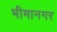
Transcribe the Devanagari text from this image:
भीमानगर